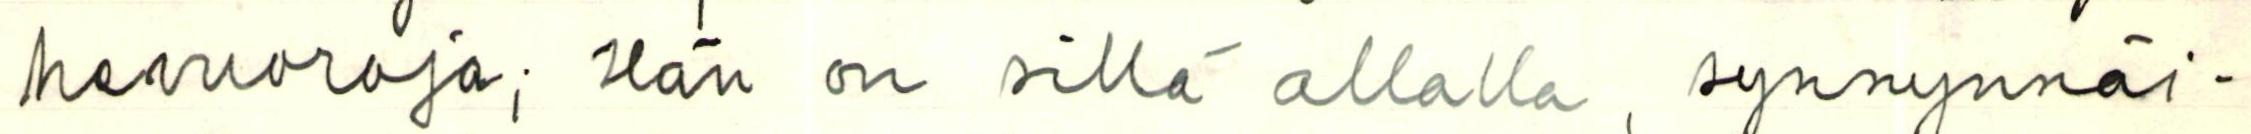
hevuoroja; Hän on sillä allalla synnynnäi-